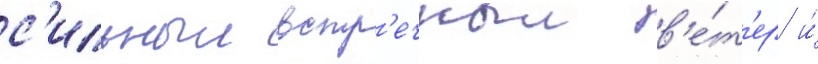
с'ильныи встр'ечныи в'е́т'ер и́